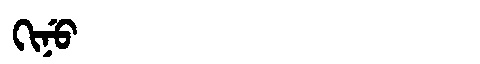
Manchu: ᡴᡳᠨᡠ
Romanization: KINU